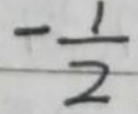
$-\frac{1}{2}$